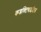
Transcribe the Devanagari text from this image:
कन्जक्टिवाइटिस